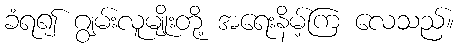
ခံရ၍ ဂျွမ်းလူမျိုးတို့ အရေးနိမ့်ကြ လေသည်။